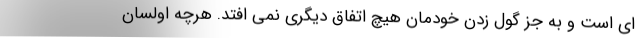
ای است و به جز گول زدن خودمان هیچ اتفاق دیگری نمی افتد. هرچه اولسان